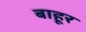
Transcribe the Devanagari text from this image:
बाहूर